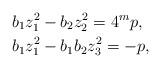
LaTeX: \begin{align*}& b_1z_1^2 - b_2z_2^2 = 4^{m}p, \\& b_1z_1^2 - b_1b_2z_3^2 = -p, \end{align*}